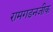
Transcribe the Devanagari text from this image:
रामगडनजीक